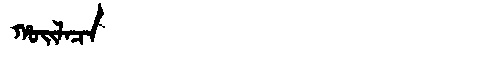
Manchu: ᡥᠣᡳᠯᠠᠴᠠ
Romanization: HOILACA